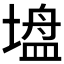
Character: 𫮠